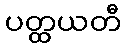
ပတ္ထယတီ